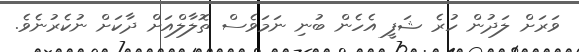
ވަރަށް ލަދުން ހުރެ ޝަފީ އެހެން ބުނި ނަމަވެސް ތޮލާލްއަށް ދާކަށް ނުކެރުނެވެ.